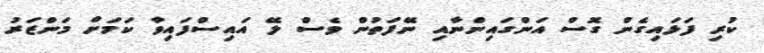
ކުރި ފަޅައިގެން ގޮސް އަންގައިންނާއި ނޭފަތުން ވެސް ލޭ އައިސްފައިވާ ކަމަށް މަންޒަރު